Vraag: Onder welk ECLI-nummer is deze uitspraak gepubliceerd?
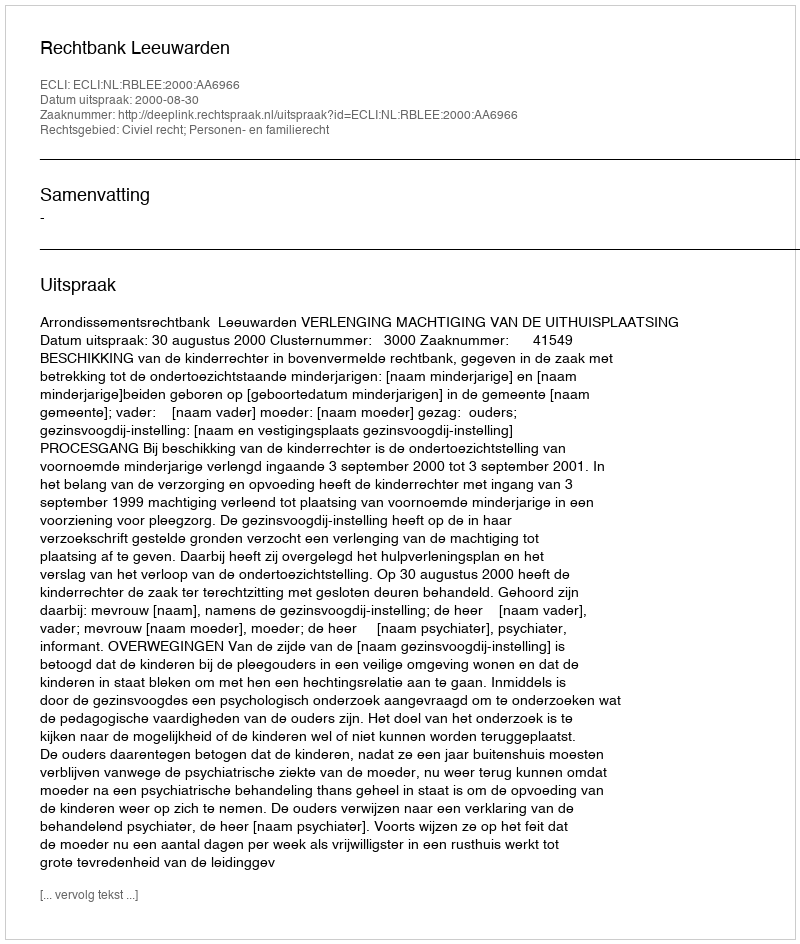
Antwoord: ECLI:NL:RBLEE:2000:AA6966